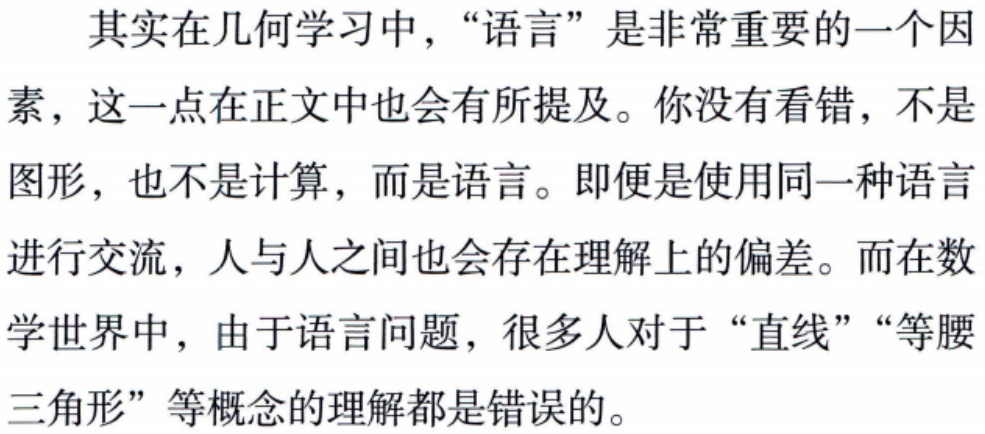
其实在几何学习中，“语言”是非常重要的一个因素，这一点在正文中也会有所提及。你没有看错，不是图形，也不是计算，而是语言。即便是使用同一种语言进行交流，人与人之间也会存在理解上的偏差。而在数学世界中，由于语言问题，很多人对于“直线”“等腰三角形”等概念的理解都是错误的。